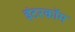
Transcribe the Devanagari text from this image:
इंटरकाॅम